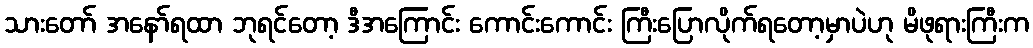
သားတော် အနော်ရထာ ဘုရင်တော့ ဒီအကြောင်း ကောင်းကောင်း ကြီးပြောလိုက်ရတော့မှာပဲဟု မိဖုရားကြီးက